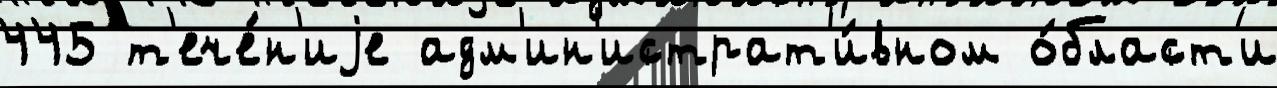
445 т'ече́н'иjе адм'ин'истрат'и́вном о́бласт'и